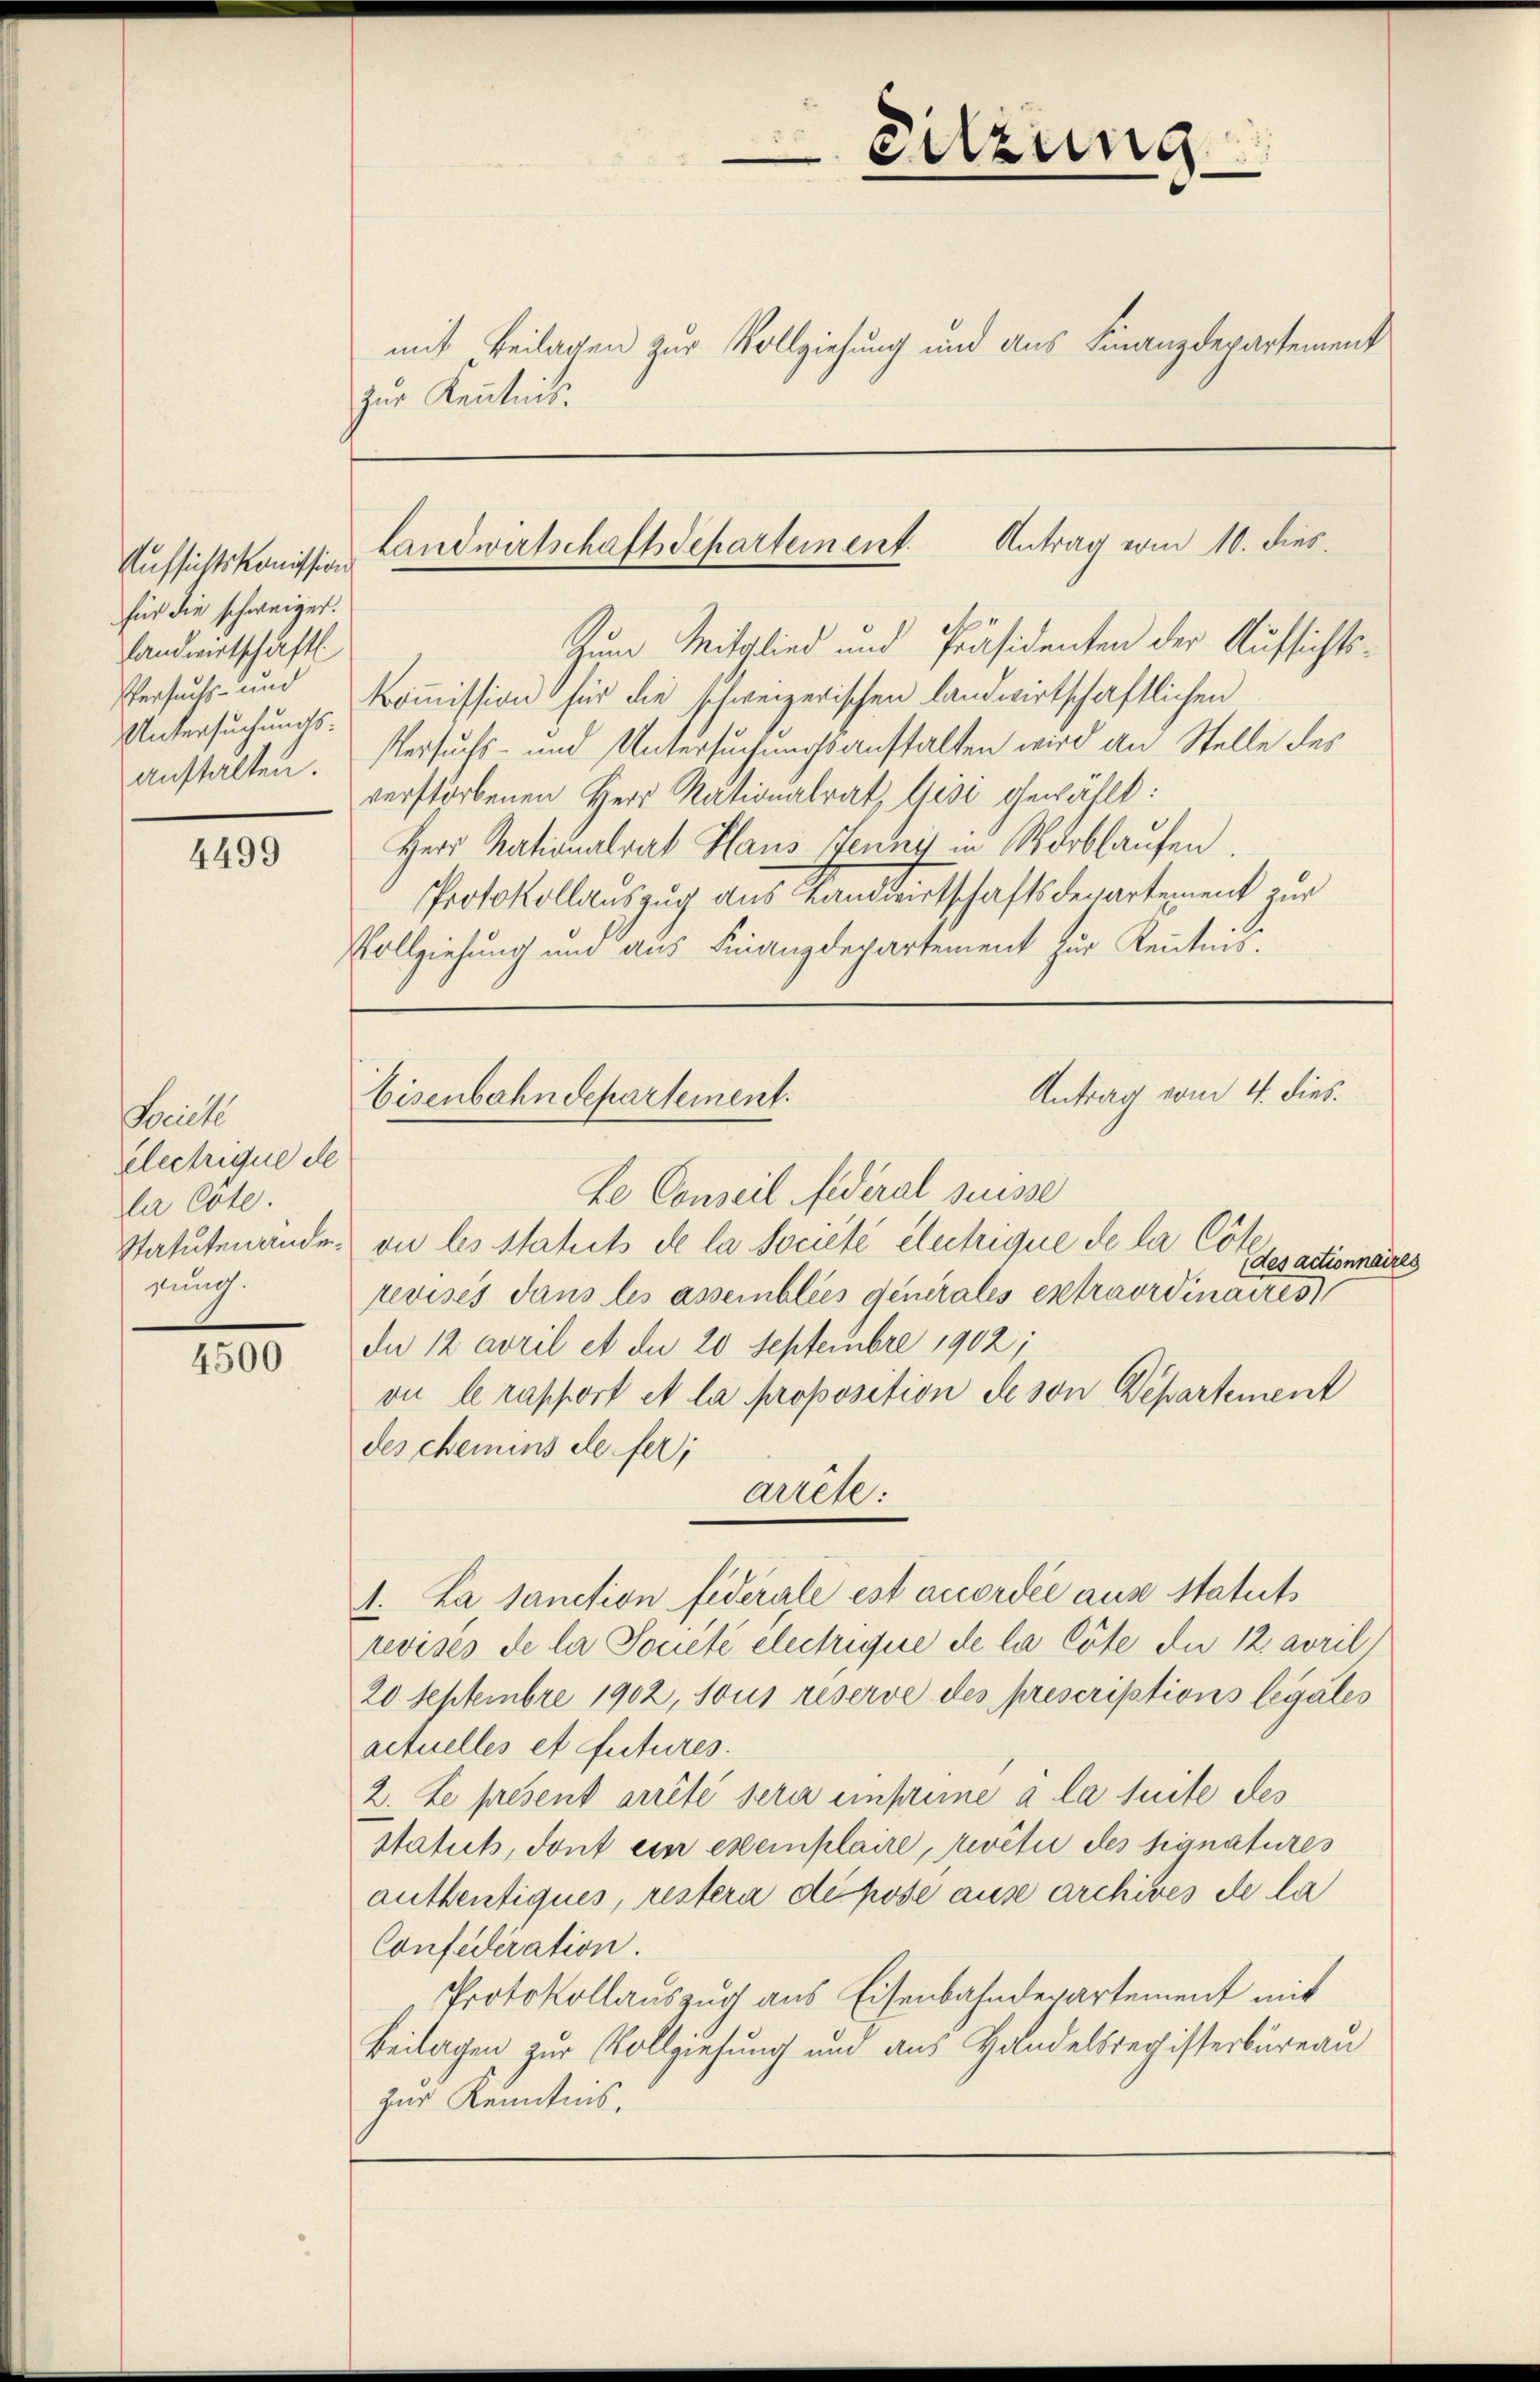
Aufsichtskomission
für die schweiger.
landwirtschäftl.
Versuchs- und
Untersuchungsanstalten.

4499

Seich
Electrique de
da Cote
sund

4500

zur Kenntnis.

mit Beilagen zur Vollziehung und aus Finanzdepartement

Sitzung

landwirtschaftsdepartement. Antrag vom 10. dies

Le Conseil fideral suisse
Statutenände, ou les Stahits de la Société électrique de la Co
des actionnaires
revisés dans les assemblics generales extraordinaires
dn 12 avril et du 20 Septembre 1902;
on le rapport et la proposition de son Departement
des chemins de fer;
arrete:
1. La sanction fiderale est accordée aus Statuts
revisés de la Soneté electrique de la Cote die 12 avril
20 Septembre 1902, sous réserve des prescriptions legales
actuelles et futures.
2. Le présent arrêté sera ensume à la suite des
statuts, dont ein exemplaire, revite des signatures
authentiques, restera dépose ause archives de la
Confederation.
Protokollauszug aus Eisenbahndepartement mit
Beilagen zur Vollziehung und aus Handelsregisterbüreau
zur Kenntnis,

Eisenbahndepartement.

Antrag vom 4. dies

Zum Mitglied und Präsidenten der Aufsichts¬
Kommission für die schweizerischen landwirtschaftlichen
Versuchs- und Untersuchungsanstalten wird an Stelle des
verstorbenen Herr Nationalrat, Gise gewählt:
Herr Nationalrat Haus Jenny in Worbhaŭfen.
Protokollauszug aus Landwirtschaftsdepartement zur
Vollziehung und aus Finanzdepartement zur Kenntnis.